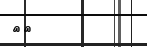
١٣